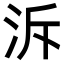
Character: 泝